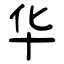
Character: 华